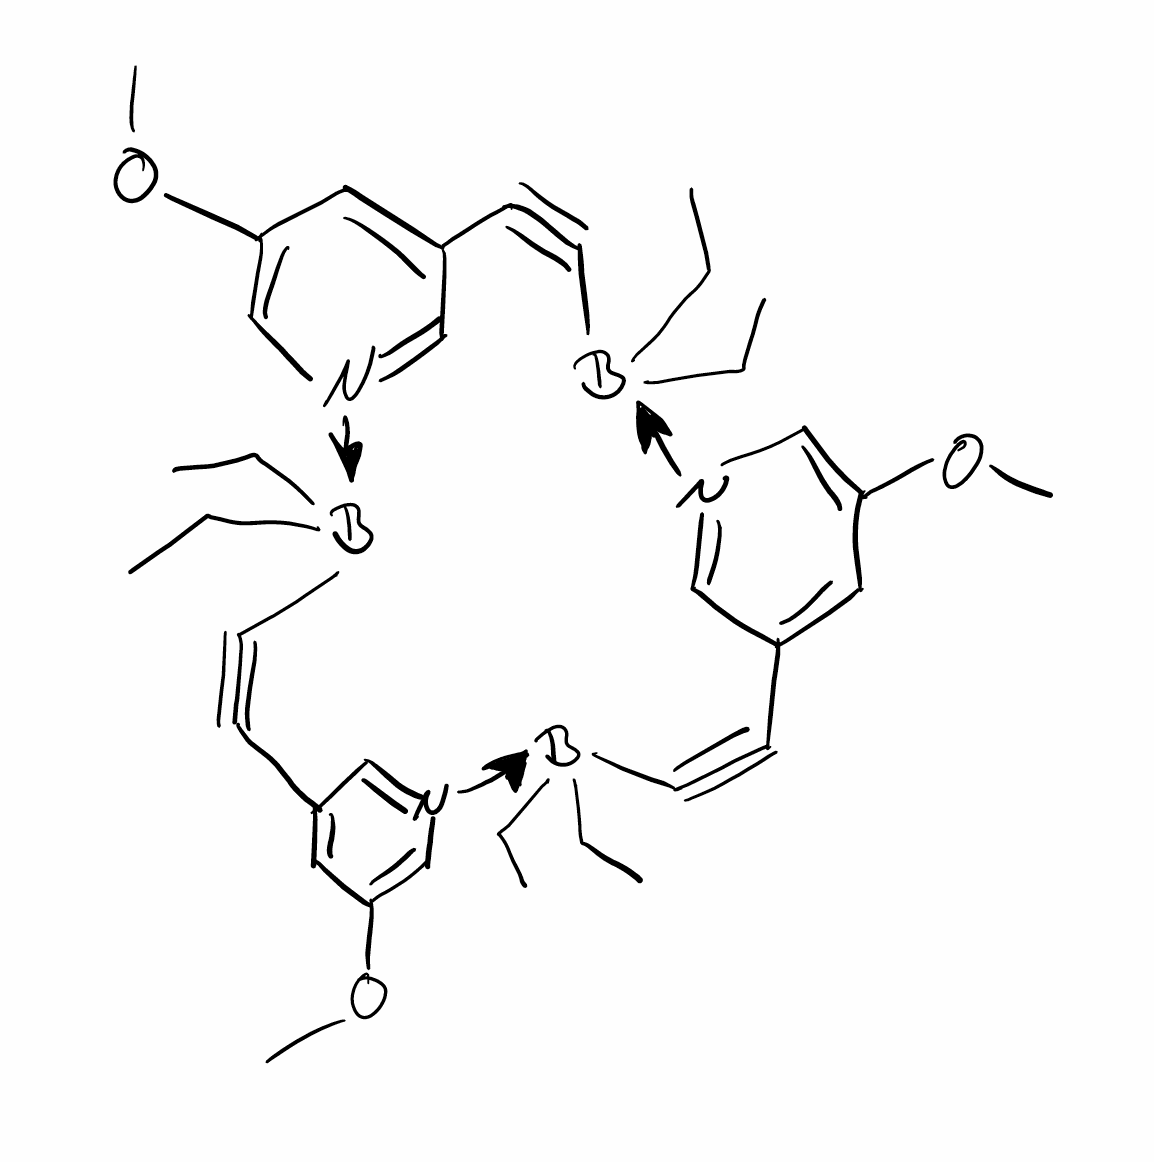
Simplified molecular-input line-entry system (SMILES) notation of the given molecule:
[B-]1(C#CC2=CC(=C[N+](=C2)[B-](C#CC3=CC(=C[N+](=C3)[B-](C#CC4=CC(=C[N+]1=C4)OC)(CC)CC)OC)(CC)CC)OC)(CC)CC